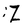
Character: Z